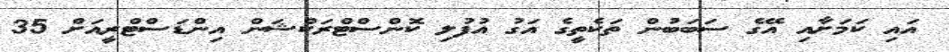
އައި ކަމަށާއި އޭގެ ސަބަބުން ތަކެތީގެ އަގު އުފުލި ކޮންސްޓްރަކްޝަން އިންޑަސްޓްރީއަށް 35